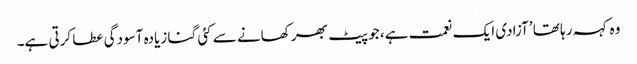
وہ کہہ رہا تھا ’آزادی ایک نعمت ہے، جو پیٹ بھر کھانے سے کئی گنا زیادہ آسودگی عطا کرتی ہے۔